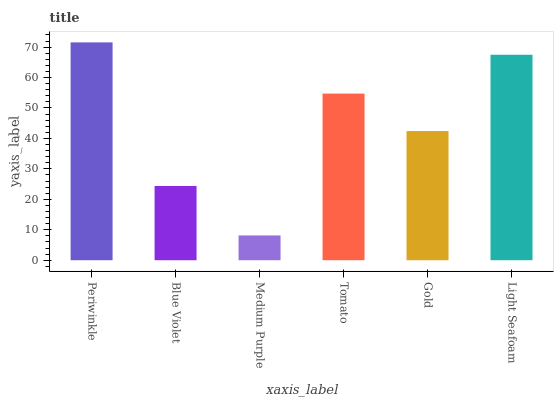
| xaxis_label | bars |
 | --- | --- |
 | Periwinkle | 71.5 |
 | Blue Violet | 24.4 |
 | Medium Purple | 8.14 |
 | Tomato | 54.7 |
 | Gold | 42.4 |
 | Light Seafoam | 67.5 |